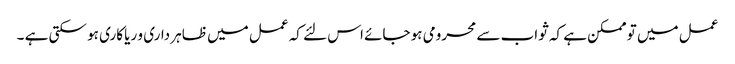
عمل میں تو ممکن ہے کہ ثواب سے محرومی ہو جائے اس لئے کہ عمل میں ظاہر داری و ریا کاری ہو سکتی ہے ۔